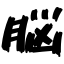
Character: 脳